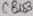
Text: CBUS3